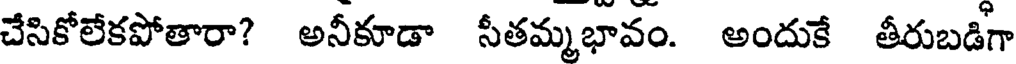
చేసికోలేకపోతారా? అనీకూడా సీతమ్మభావం. అందుకే తీరుబడిగా